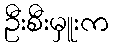
ဦးစီးမှူးက